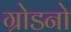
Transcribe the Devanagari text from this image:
ग्रोडनो